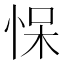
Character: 𰑠